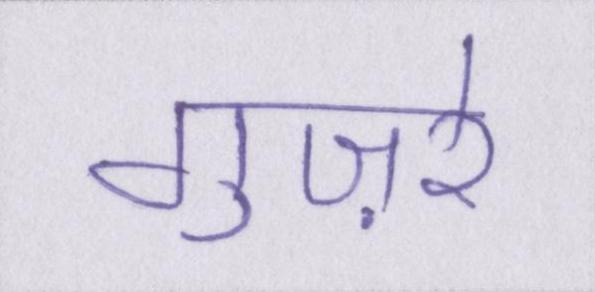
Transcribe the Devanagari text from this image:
गुज़रे